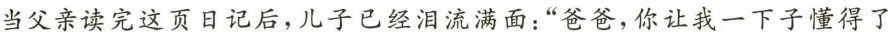
当父亲读完这页日记后，儿子已经泪流满面：”爸爸，你让我一下子懂得了